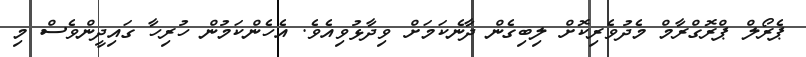
ޕެރޯލް ޕްރޮގްރާމް މެދުވެރިކޮށް ލިބިގެން ދާނެކަމަށް ވިދާޅުވިއެވެ. އެހެންކަމުން ހުރިހާ ގައިދީންވެސް މި